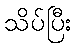
သိပ်ပြီး